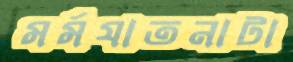
মর্মযাতনাটা